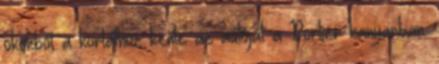
okokból a korláthoz kente az autóját a Portier kanyarban.